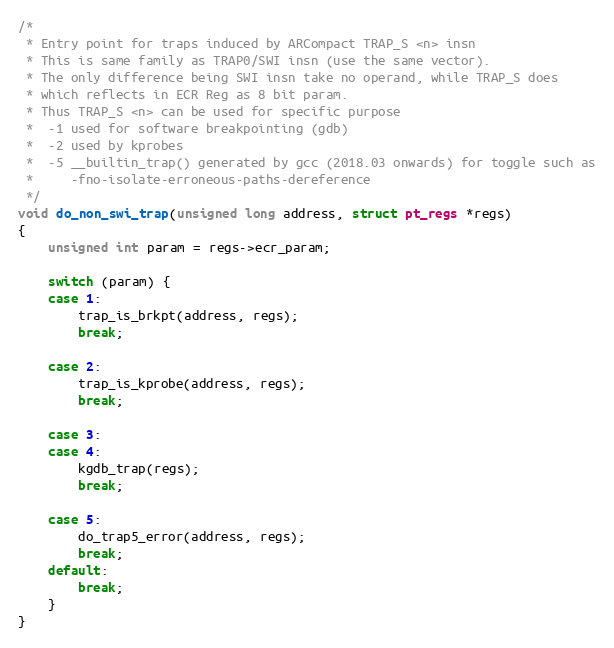
Language: C
/*
 * Entry point for traps induced by ARCompact TRAP_S <n> insn
 * This is same family as TRAP0/SWI insn (use the same vector).
 * The only difference being SWI insn take no operand, while TRAP_S does
 * which reflects in ECR Reg as 8 bit param.
 * Thus TRAP_S <n> can be used for specific purpose
 *  -1 used for software breakpointing (gdb)
 *  -2 used by kprobes
 *  -5 __builtin_trap() generated by gcc (2018.03 onwards) for toggle such as
 *     -fno-isolate-erroneous-paths-dereference
 */
void do_non_swi_trap(unsigned long address, struct pt_regs *regs)
{
	unsigned int param = regs->ecr_param;

	switch (param) {
	case 1:
		trap_is_brkpt(address, regs);
		break;

	case 2:
		trap_is_kprobe(address, regs);
		break;

	case 3:
	case 4:
		kgdb_trap(regs);
		break;

	case 5:
		do_trap5_error(address, regs);
		break;
	default:
		break;
	}
}